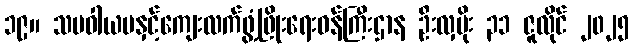
၁၉။ သမဝါယမနှင့်ကျေးလက်ဖွံ့ဖြိုးရေးဝန်ကြီးဌာန ဦးလှမိုး ၃၁ ဇူလိုင် ၂၀၂၅